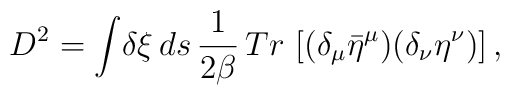
D^2=\int\!\delta\xi\,ds\,{1\over{2\beta}}\,Tr\,\left[(\delta_\mu {\bar\eta}^\mu)(\delta_\nu \eta^\nu)\right ],